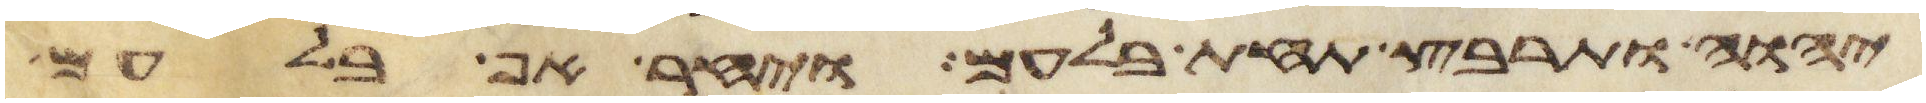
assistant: יהוה ותרבץ תחת בלעם ויחר אף בלעם